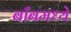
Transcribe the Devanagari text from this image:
बाँबमध्ये